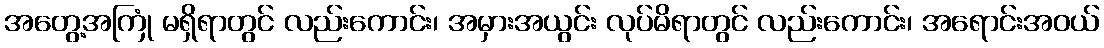
အတွေ့အကြုံ မရှိရာတွင် လည်းကောင်း၊ အမှားအယွင်း လုပ်မိရာတွင် လည်းကောင်း၊ အရောင်းအဝယ်